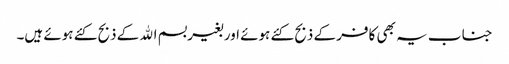
جنا ب یہ بھی کافر کے ذبح کئے ہوئے اور بغیر بسم اﷲ کے ذبح کئے ہوئے ہیں۔